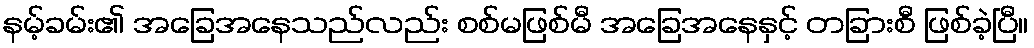
နမ့်ခမ်း၏ အခြေအနေသည်လည်း စစ်မဖြစ်မီ အခြေအနေနှင့် တခြားစီ ဖြစ်ခဲ့ပြီ။